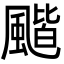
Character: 𩘗